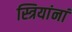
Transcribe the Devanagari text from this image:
स्त्रियांनां